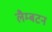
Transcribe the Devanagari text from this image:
लैम्बटन